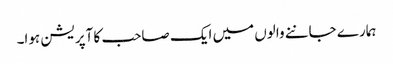
ہمارے جاننے والوں میں ایک صاحب کا آپریشن ہوا۔